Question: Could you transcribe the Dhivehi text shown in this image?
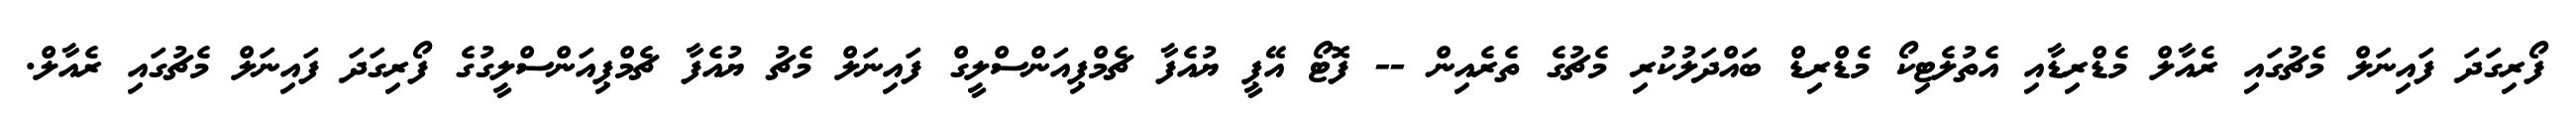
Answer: ފޯރިގަދަ ފައިނަލް މެޗުގައި ރެއާލް މެޑްރިޑާއި އެތުލެޓިކޯ މެޑްރިޑް ބައްދަލުކުރި މެޗުގެ ތެރެއިން -- ފޮޓޯ އޭޕީ ޔުއެފާ ޗެމްޕިއަންސްލީގް ފައިނަލް މެޗު ޔުއެފާ ޗެމްޕިއަންސްލީގުގެ ފޯރިގަދަ ފައިނަލް މެޗުގައި ރެއާލް.